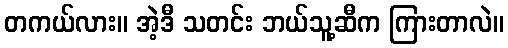
တကယ်လား။ အဲ့ဒီ သတင်း ဘယ်သူ့ဆီက ကြားတာလဲ။